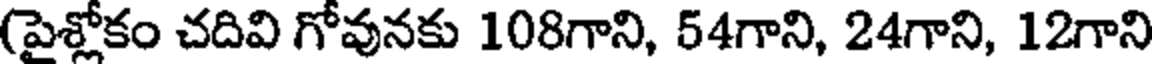
(పైశ్లోకం చదివి గోవునకు 108గాని, 54గాని, 24గాని, 12గాని